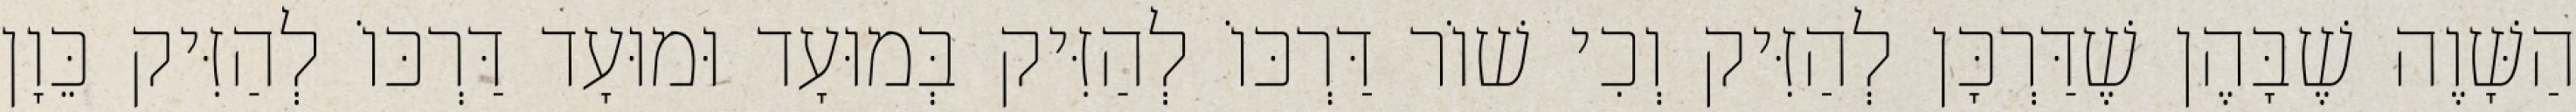
הַשָּׁוֶה שֶׁבָּהֶן שֶׁדַּרְכָּן לְהַזִּיק וְכִי שׁוֹר דַּרְכּוֹ לְהַזִּיק בְּמוּעָד וּמוּעָד דַּרְכּוֹ לְהַזִּיק כֵּוָן